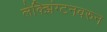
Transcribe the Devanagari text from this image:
लेक्झिंग्टनवरुन